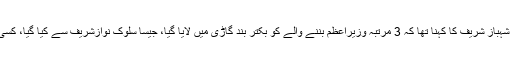
پارلیمنٹ ہاؤس کے باہر میڈیا سے گفتگو میں مسلم لیگ (ن) کے صدر شہباز شریف کا کہنا تھا کہ 3 مرتبہ وزیراعظم بننے والے کو بکتر بند گاڑی میں لایا گیا، جیسا سلوک نوازشریف سے کیا گیا، کسی دہشت گرد سے بھی نہیں کیا گیا تاہم نوازشریف کے حوصلے بلند ہیں۔